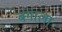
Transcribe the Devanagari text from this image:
बंगाला